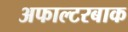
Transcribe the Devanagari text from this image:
अफाल्टरबाक